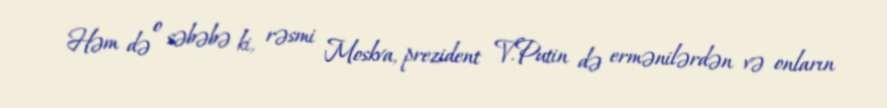
Həm də o səbəbə ki, rəsmi Moskva, prezident V.Putin də ermənilərdən və onların